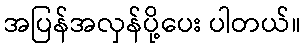
အပြန်အလှန်ပို့ပေး ပါတယ်။